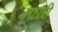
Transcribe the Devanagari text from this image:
मास्री